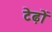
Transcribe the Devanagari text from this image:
टेढ़ों